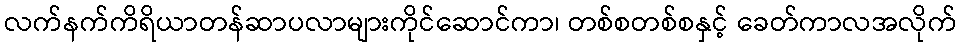
လက်နက်ကိရိယာတန်ဆာပလာများကိုင်ဆောင်ကာ၊ တစ်စတစ်စနှင့် ခေတ်ကာလအလိုက်